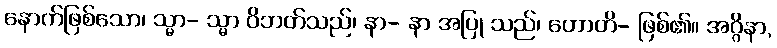
နောက်ဖြစ်သော၊ သ္မာ- သ္မာ ဝိဘတ်သည်၊ နာ- နာ အပြု သည်၊ ဟောတိ- ဖြစ်၏။ အဂ္ဂိနာ,